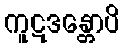
ကူဋဒန္တောပိ